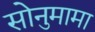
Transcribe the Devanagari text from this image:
सोनुमामा